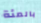
بالمئة